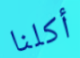
أكلنا